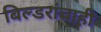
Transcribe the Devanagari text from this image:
बिल्डरांचाही